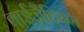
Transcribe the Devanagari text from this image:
बाईज़ैंटियम